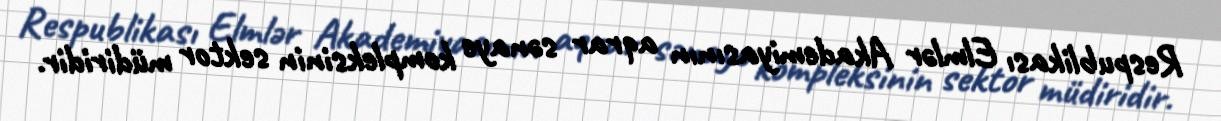
Respublikası Elmlər Akademiyasının aqrar sənaye kompleksinin sektor müdiridir.